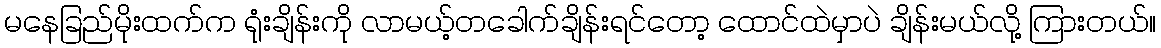
မနေခြည်မိုးထက်က ရုံးချိန်းကို လာမယ့်တခေါက်ချိန်းရင်တော့ ထောင်ထဲမှာပဲ ချိန်းမယ်လို့ ကြားတယ်။